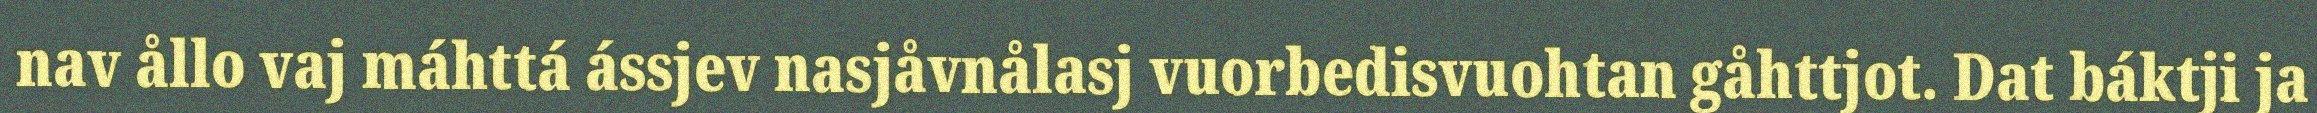
nav ållo vaj máhttá ássjev nasjåvnålasj vuorbedisvuohtan gåhttjot. Dat báktji ja